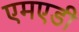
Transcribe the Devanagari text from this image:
एमएडी